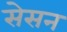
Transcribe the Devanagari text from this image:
सेसन